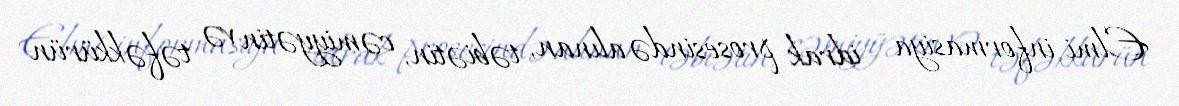
Elmi informasiya – idrak prosesində alınan, təbiətin, cəmiyyətin və təfəkkürün